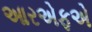
આરએફએ